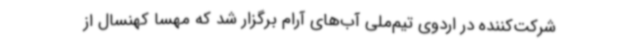
شرکت‌کننده در اردوی تیم‌ملی آب‌های آرام برگزار شد که مهسا کهنسال از